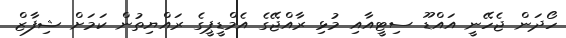
ހޯދަން ޖެހޭނީ އައްޑޫ ސިޓީއާއި މުޅި ރާއްޖޭގެ އެމްޑީޕީގެ ރައްޔިތުން ކަމަށް ޝިފާޒް